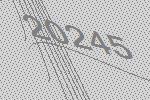
20245